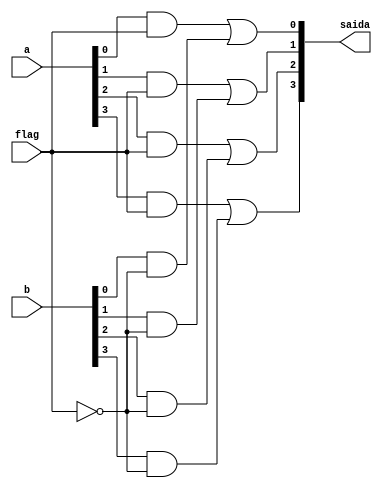
// PUC Minas - Ciencia da Computacao - Arquitetura de Computadores I
// Exemplo0037 - F4 - EXTRA01
// Nome: Ana Cristina Pereira Teixeira

// ------------------------- 
// -- selecionador
// ------------------------- 
module selecionador (output [3:0]saida, input [3:0]a, input [3:0]b, input flag);
	
	wire [7:0]s;
	wire saida_not;
	
	not NOT1(saida_not, flag);
	
	and AND1(s[0], a[0], flag);
	and AND2(s[1], a[1], flag);
	and AND3(s[2], a[2], flag);
	and AND4(s[3], a[3], flag);
	
	and AND5(s[4], b[0], saida_not);
	and AND6(s[5], b[1], saida_not);
	and AND7(s[6], b[2], saida_not);
	and AND8(s[7], b[3], saida_not);
	
	or OR1(saida[0], s[0], s[4]);
	or OR2(saida[1], s[1], s[5]);
	or OR3(saida[2], s[2], s[6]);
	or OR4(saida[3], s[3], s[7]);

endmodule // -- selecionador

// ------------------------- 
// -- f4 gate
// ------------------------- 
module f4 (output [3:0]saida, input [3:0]entrada1, input [3:0]entrada2, input chave);
	
	wire [3:0]saida_menor;
	wire [3:0]saida_maior;
	
	or OR1(saida_menor[0], ~entrada1[0], entrada2[0]);
	or OR2(saida_menor[1], ~entrada1[1], entrada2[1]);
	or OR3(saida_menor[2], ~entrada1[2], entrada2[2]);
	or OR4(saida_menor[3], ~entrada1[3], entrada2[3]);
	
	or OR5(saida_maior[0], entrada1[0], ~entrada2[0]);
	or OR6(saida_maior[1], entrada1[1], ~entrada2[1]);
	or OR7(saida_maior[2], entrada1[2], ~entrada2[2]);
	or OR8(saida_maior[3], entrada1[3], ~entrada2[3]);
	
	selecionador SEL1 (saida, saida_maior, saida_menor, chave);
	
endmodule // -- f4

// ------------------------- 
// -- modulo de teste
// ------------------------- 
module test_f4;
	
	reg  [3:0] x;
	reg  [3:0] y;
	reg  f;
	wire [3:0] z;
	
	f4 modulo (z, x, y, f);
	
	// --- parte principal
	initial begin
	$display("Exemplo0037 - EXTRA02 - Guia03 - Ana Cristina - 427385");
	$display("Test LU's module");
	$display("Legenda da chave: 0 - MENOR 1 - MAIOR\n");
	
	#1 x = 4'b1010;	y = 4'b0101; f = 0;
	$monitor("ch = %1b\t x = %4b\t y = %4b\t s = %4b", f, x, y, z);
	#1 x = 4'b1010;	y = 4'b0101;	f = 1;
	
	#1 x = 4'b0000;	y = 4'b1111;	f = 0;
	#1 x = 4'b0000;	y = 4'b1111;	f = 1;
	
	#1 x = 4'b0010;	y = 4'b0101;	f = 0;
	#1 x = 4'b0010;	y = 4'b0101;	f = 1;
	
	end

endmodule // -- test_f4
// ----------------------------------------------- previsao de testes
// -- Legenda da chave: 0 - MENOR 1 - MAIOR
// -- ch = 0	 x = 1010	 y = 0101	 s = 0101
// -- ch = 1	 x = 1010	 y = 0101	 s = 1010
// -- ch = 0	 x = 0000	 y = 1111	 s = 1111
// -- ch = 1	 x = 0000	 y = 1111	 s = 0000
// -- ch = 0	 x = 0010	 y = 0101	 s = 1101
// -- ch = 1	 x = 0010	 y = 0101	 s = 1010